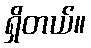
ရှိတယ်။